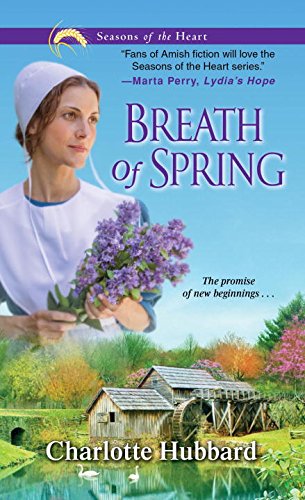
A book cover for Breath of Spring (Seasons of the Heart); Charlotte Hubbard; Romance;